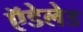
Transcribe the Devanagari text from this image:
ऍडेलेड